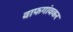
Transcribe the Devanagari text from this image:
वाफगांवकर